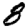
Digit: 8